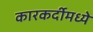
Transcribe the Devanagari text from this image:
कारकर्दीमध्ये